Scientific memoirs by medical officers of the Army of India - Part I,
Year: 1884
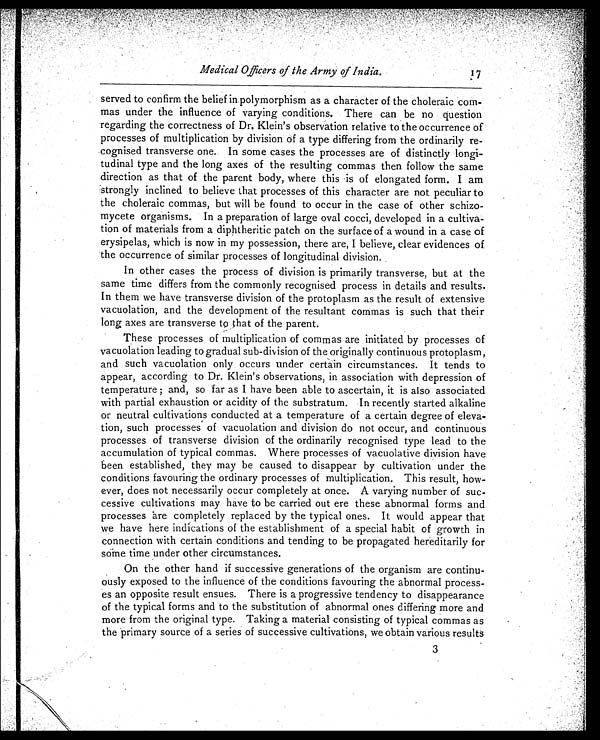
Medical Officers of the Army of India.
17
served to confirm the belief in polymorphism as a character of the choleraic co
m - m a s u n d e r t h e i n f l u e n c e o f v a r y i n g c o n d i t i o n s . T h e r e c a n b e n o q u e s t i o n
regarding the correctness of Dr. Klein's observation relative to the occurrence of
processes of multiplication by division of a type differing from the ordinarily re-
cognised transverse one. In some cases the processes are of distinctly longi-
tudinal type and the long axes of the resulting commas then follow the same
direction as that of the parent body, where this is of elongated form. I am
strongly inclined to believe that processes of this character are not peculiar to
the choleraic commas, but will be found to occur in the case of other schizo-
mycete organisms. In a preparation of large oval cocci, developed in a cultiva-
tion of materials from a diphtheritic patch on the surface of a wound in a case of
erysipelas, which is now in my possession, there are, I believe, clear evidences of
the occurrence of similar processes of longitudinal division.
In other cases the process of division is primarily transverse, but at the
same time differs from the commonly recognised process in details and results.
In them we have transverse division of the protoplasm as the result of extensive
vacuolation, and the development of the resultant commas is such that their
long axes are transverse to that of the parent.
These processes of multiplication of commas are initiated by processes of
vacuolation leading to gradual sub-division of the originally continuous protoplasm,
and such vacuolation only occurs under certain circumstances. It tends to
appear, according to Dr. Klein's observations, in association with depression of
t e mp e r a t u r e ; a n d , s o f a r a s I h a v e b e e n a b l e t o a s c e r t a i n , i t i s a l s o a s s o c i a t e d
with partial exhaustion or acidity of the substratum. In recently started alkaline
or neutral cultivations conducted at a temperature of a certain degree of eleva-
tion, such processes of vacuolation and division do not occur, and continuous
processes of transverse division of the ordinarily recognised type lead to the
accumulation of typical commas. Where processes of vacuolative division have
been established, they may be caused to disappear by cultivation under the
conditions favouring the ordinary processes of multiplication. This result, how-
ever, does not necessarily occur completely at once. A varying number of suc-
cessive cultivations may have to be carried out ere these abnormal forms and
processes are completely replaced by the typical ones. It would appear that
we have here indications of the establishment of a special habit of growth in
connection with certain conditions and tending to be propagated hereditarily for
some time under other circumstances.
On the other hand if successive generations of the organism are continu-
ously exposed to the influence of the conditions favouring the abnormal process-
es an opposite result ensues. There is a progressive tendency to disappearance
of the typical forms and to the substitution of abnormal ones differing more and
more from the original type. Taking a material consisting of typical commas as
the primary source of a series of successive cultivations, we obtain various results
3